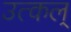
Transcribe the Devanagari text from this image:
उत्कल्